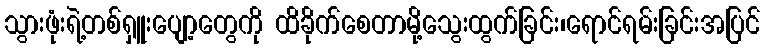
သွားဖုံးရဲ့တစ်ရှူးပျော့တွေကို ထိခိုက်စေတာမို့သွေးထွက်ခြင်း၊ရောင်ရမ်းခြင်းအပြင်